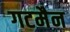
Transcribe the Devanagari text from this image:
गटमैन